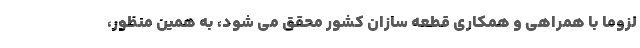
لزوما با همراهی و همکاری قطعه سازان کشور محقق می شود، به همین منظور،